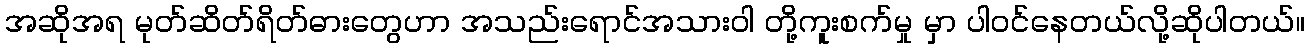
အဆိုအရ မုတ်ဆိတ်ရိတ်ဓားတွေဟာ အသည်းရောင်အသားဝါ တို့ကူးစက်မှု မှာ ပါဝင်နေတယ်လို့ဆိုပါတယ်။